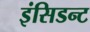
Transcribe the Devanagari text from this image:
इंसिडन्ट